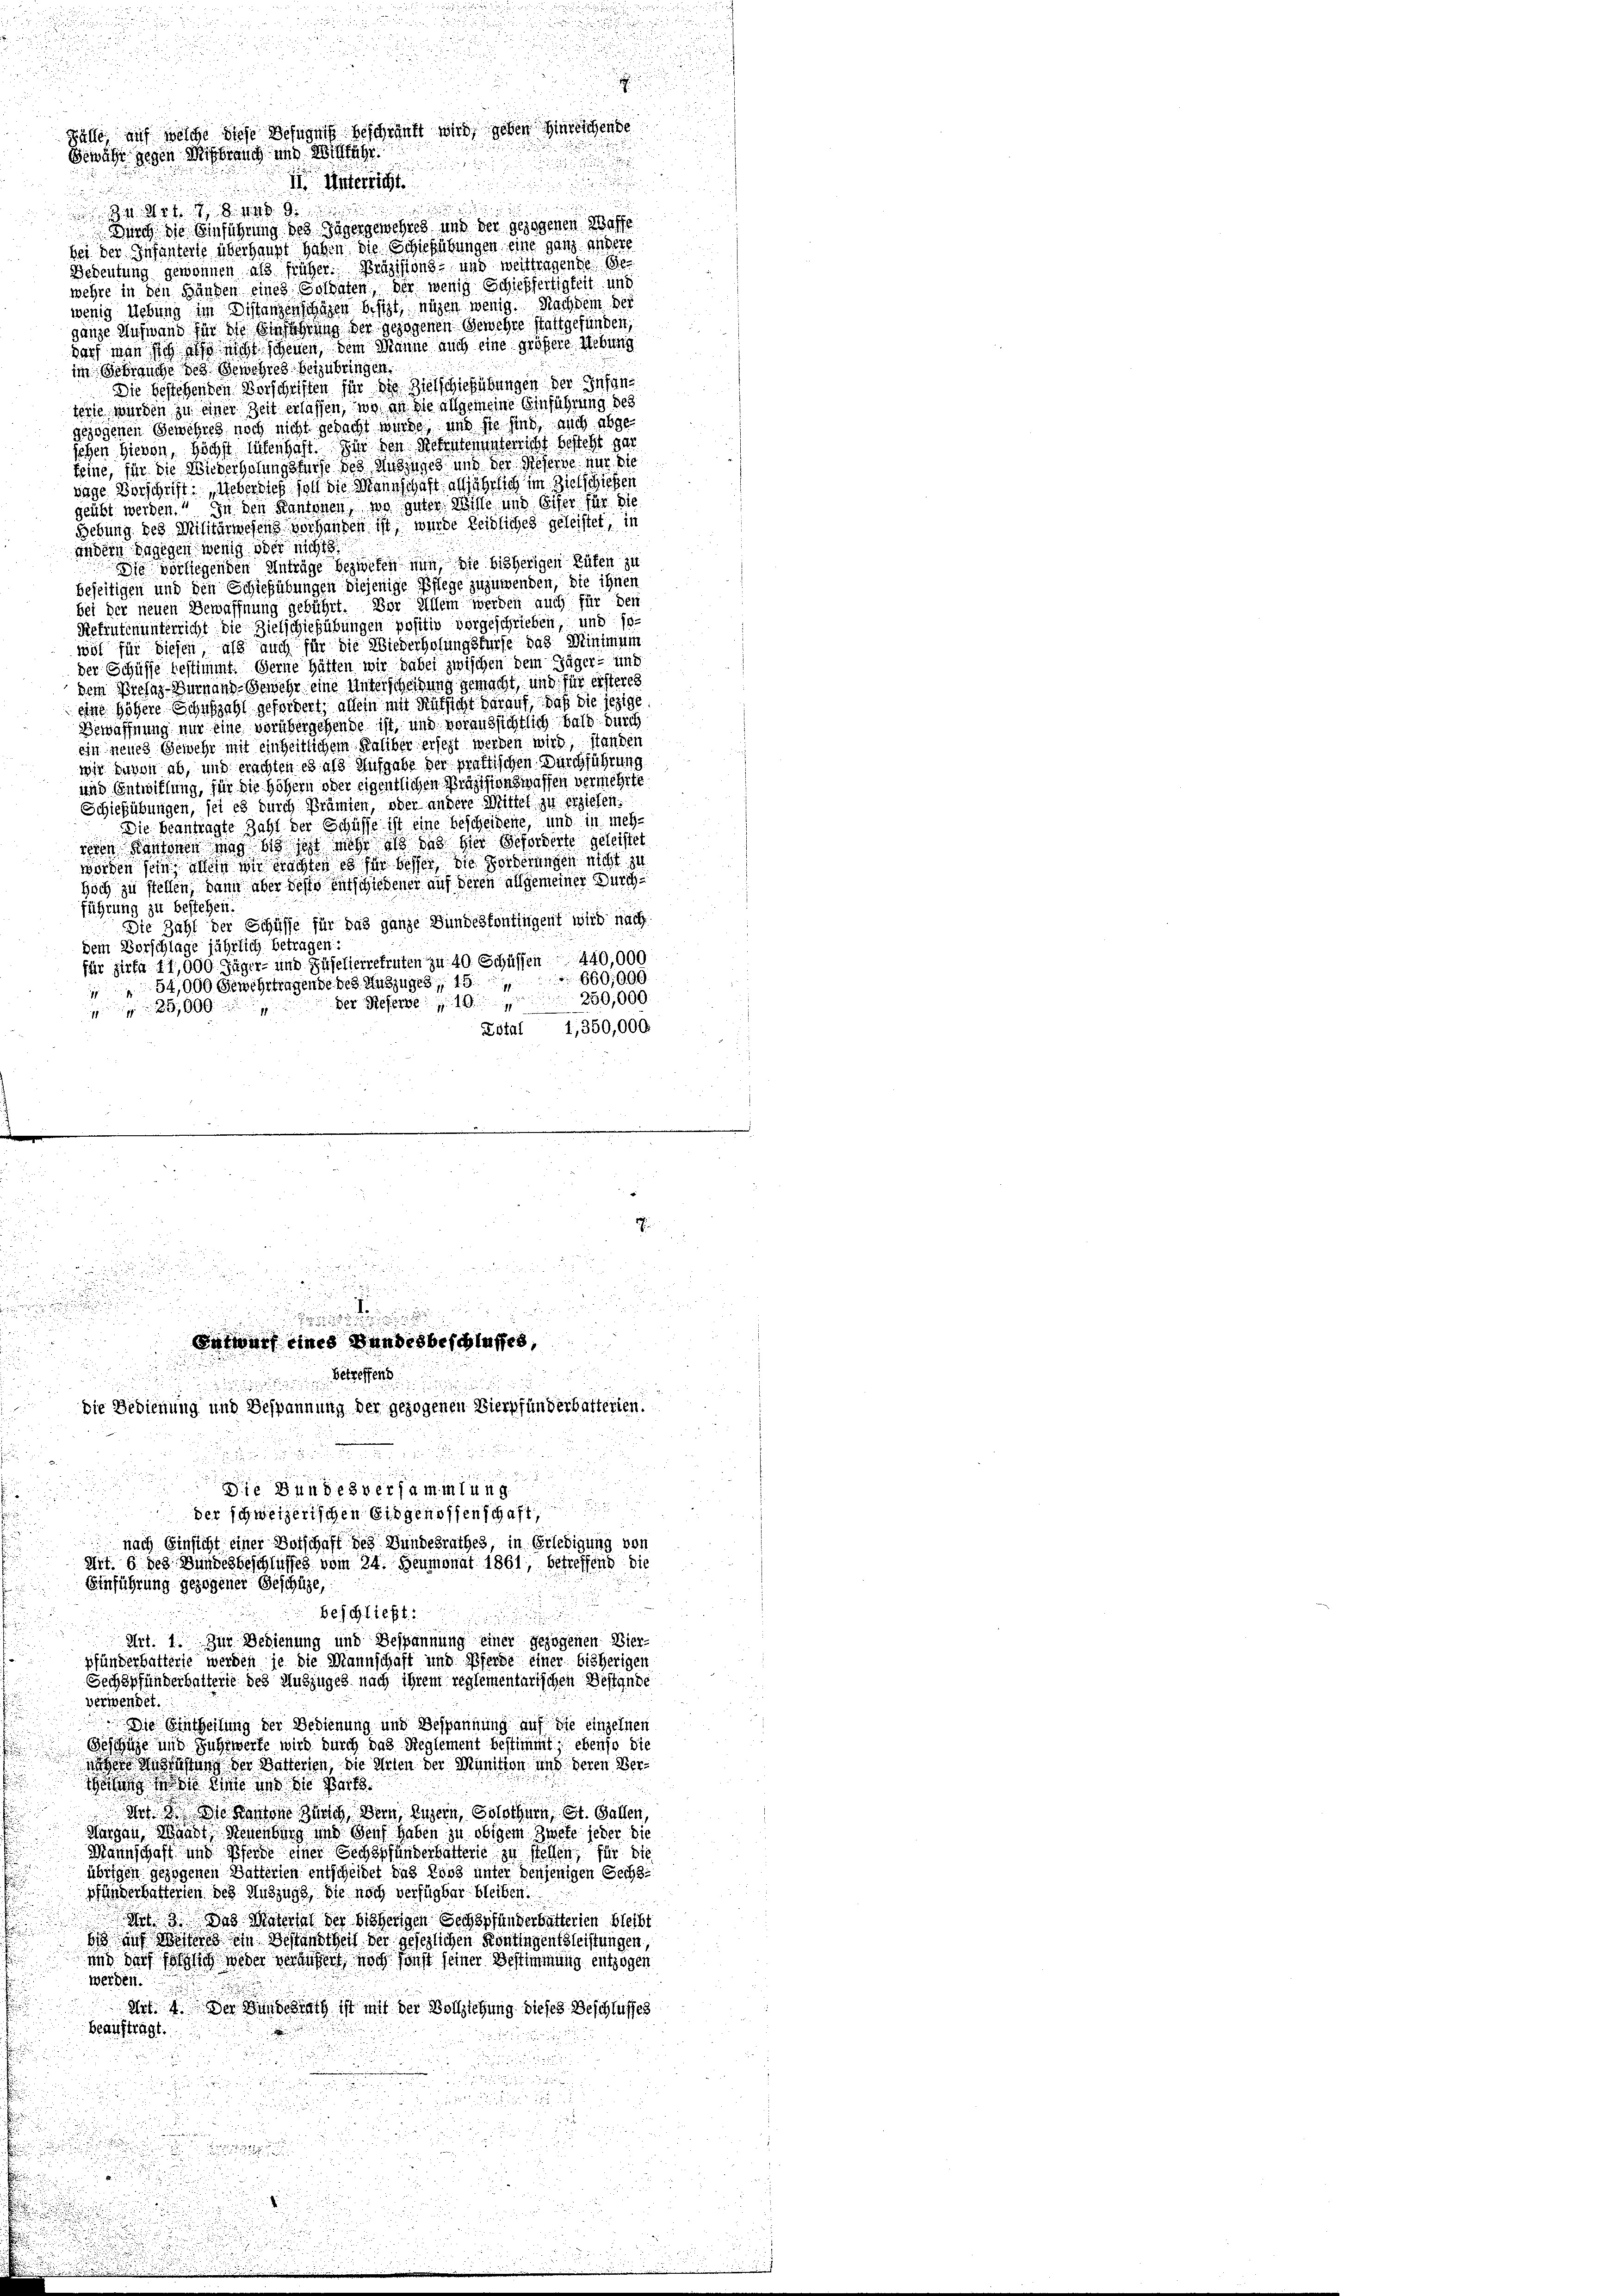
I. Unterrich

 478 und 9.
 Durch die Einführung des Jägergewehres und der gezogenen Wasse
bei der Infanterie überhaupt haben die Schießübungen, eine ganz andere
Bedeutung gewonnen als früher. Präzisions- und weittragende Gewehre in den Händen eines Soldaten, der wenig Schiffertigkeit und
wenig Uebung im Distanzenschafen besizt, ungen wenig. Nachdem der
ganze Aufwand für die Einfahrung der gezogenen Gewehre stattgefunden,
darf man sich des nicht scheuen, dem Manne auch eine größere Uebung
im Gebrauche der Gewehres beizubringen
Die bestehenden Vorschriften für die Zielschießübungen der Infant
terie würden zu einer Zeit erlassen, wo an die allgemeine Einführung des
gezogenen Gewehres noch nicht gedacht würde und sie sind, auch abgesehen hievon, höchst hütenhaft. Ein den Petentenunterricht besteht gar
teine, für die Wiederholungsfürse des Auszuges und der Referne nur die
sige Vorschrift: „Ueberdieß soll die Mannschaft alljährlich im Zielschießen
geübt werden.“ In den Kantonen, wo guter Wille und Eifer für die
Hebung des Militärwesens vorhanden ist, wurde Leidliches geleistet, in
Andern dagegen wenig oder nicht
Die vorliegenden Anträge bezwefen nun, die bisherigen Räten zu
beseitigen und den Schießübungen diejenige Pflege zuzuwenden, die ihnen
bei der neuen Bewaffnung gebührt. Der Allein werden auch für den
Retentinunterricht die Zielschießübungen positiv vorgeschrieben, und sowil für diesen, als auch für die Wiederholungskurse das Minimum
der Schüsse bestimmt. Gerne hätten wir dabei zwischen dem Jäger- und
dem Prefag-Turnand-Gewehr eine Unterscheidung gemacht, und für ersteres
eine höhere Schuszahl gefordert, allein mit Rüksicht darauf, daß die jezige
Bewaffnung nur eine vorübergehende ist, und voraussichtlich bald durch
ein neues Gewehr mit einheitlichem Kaliber ersezt werden wird, standen
wir davon ab, und erachten es als Aufgabe der praktischen Durchführung
und Entwiflung, für die Höhern oder eigentlichen Präzisionswassen vermehrte
Schießübungen, sei es durch Prämien, oder andere Mittel zu erziehen.
Die beantragte Zahl der Schüsse ist eine bescheidene, und in mehsehen Kantonen mag bis jetzt mehr als das hier geforderte geleistet
worden sein, allein mir machten es für besser, die Forderungen nicht zu
hoch zu stellen, dann aber desse entschiedener auf deren allgemeiner Durch
führung zu bestehen.
Die Zahl der Schüsse für das ganze Bundestontingent wird nach
dem Vorschlage jährlich betragen:
für Zirka 11,000 Jäger- und Zuselterrekruten zu 40 Schüssen 440,000
660,000
54,000 Gewehrtragende des Auszuges, 15
350,000.
Der Referne

Zdtal 1,350,000

Bewähr gegen Mißbrauch und Willfahr.

der
.

Entwurf eines Bundesbeschlusses,

.
Betreffend

Die Bedienung und Bespannung der gezogenen Viergefunderbatterien.

Die Bundesversammlung

der schweizerischen Eidgenossenschaft
 nach Einsicht einer Botschaft des Bundesrathes, in Erledigung von
Art. 6 des Bundesbeschlusses vom 24. Heumonat 1861, betreffend die

Einführung gezogener Geschüze,
beschließt:
Art. 1. Zur Bedienung und Bespannung einer gezogenen Bierpfänderbatterie werden je die Mannschaft und Pferde einer bisherigen
Sechöpfunderhalterie des Auszuges nach ihrem reglementarischen Bestande

.
Fälle, auf welche diese Befugniß beschränkt wird, geben hinreichende

d

verwendet.
Die Eintheilung der Bedienung und Bespannung auf die einzelnen
Geschige und Fuhrwerte wird durch das Reglement bestimmt; ebenso die
nher Ausrüstung der Batterten, die Arten der Munition und deren Verätung in die Eine und die Beit
Art. Die Kantone Zürich Dein Luzern, Solothurn, St. Gallen,
Margau, Waadt, Neuenburg und Senf haben zu obigem Zwete jeder die
Mannschaft und Pferde einer Sechspfunderhalterie zu stellen, für die
übrigen gezogenen Datterien entscheidet das Loos unter denjenigen Gechs¬
Pfunderbatterten des Auszugs, die noch verfügbar bleiben.
dit. Das Matersal der bisherigen Sechspfunderbätterien bleibt
iis auch Worteres ein Bestandtheil der gesezlichen Kontingentleistungen,
und das folglich weder verwerfert noch sonst seiner Bestimmung entzogen
werden.
Art. 4. Der Bundesrath ist mit der Vollziehung dieses Beschlusses
beauftragt.
2
25

n

2

2 890

.

.
dedi in eine